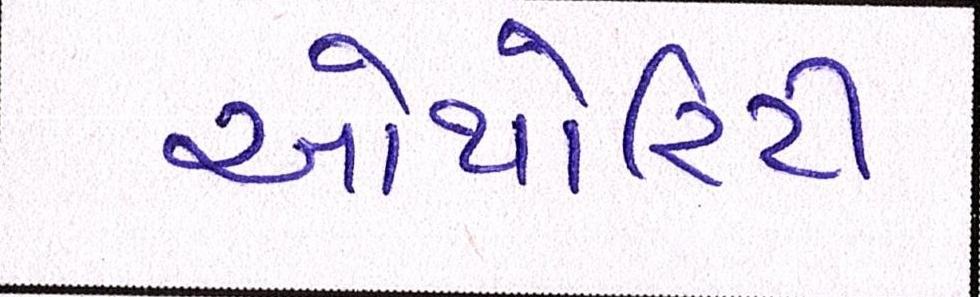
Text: ઓથોરિટી